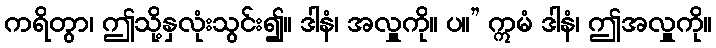
ကရိတွာ၊ ဤသို့နှလုံးသွင်း၍။ ဒါနံ၊ အလှူကို။ ပ။” ဣမံ ဒါနံ၊ ဤအလှူကို။